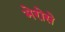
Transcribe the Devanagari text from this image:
भेरोसे